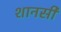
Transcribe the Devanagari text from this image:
शानसी